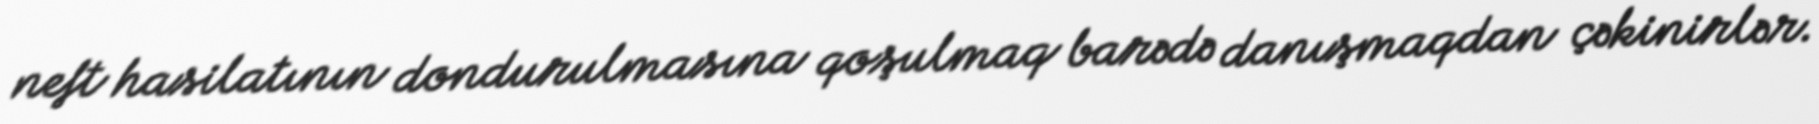
neft hasilatının dondurulmasına qoşulmaq barədə danışmaqdan çəkinirlər.